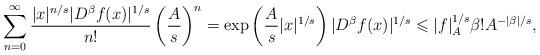
LaTeX: \begin{align*}\sum_{n=0}^\infty \frac{|x|^{n/s} |D^\beta f(x)|^{1/s}}{n!} \left(\frac{A}{s} \right)^n& = \exp\left( \frac{A}{s} |x|^{1/s} \right) |D^\beta f(x)|^{1/s} \leqslant | f |_A^{1/s} \beta! A^{-|\beta|/s}, \end{align*}